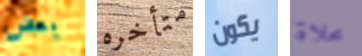
بعض متأخره يكون محلاة